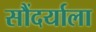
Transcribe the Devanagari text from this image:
सौंदर्याला